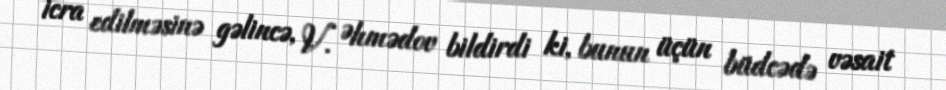
icra edilməsinə gəlincə, V. Əhmədov bildirdi ki, bunun üçün büdcədə vəsait